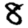
Digit: 8